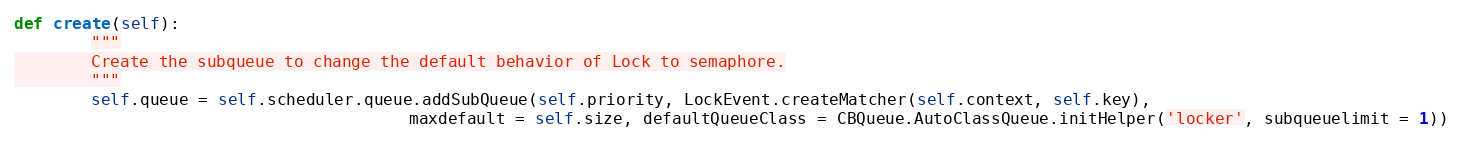
Language: Python
def create(self):
        """
        Create the subqueue to change the default behavior of Lock to semaphore.
        """
        self.queue = self.scheduler.queue.addSubQueue(self.priority, LockEvent.createMatcher(self.context, self.key),
                                         maxdefault = self.size, defaultQueueClass = CBQueue.AutoClassQueue.initHelper('locker', subqueuelimit = 1))